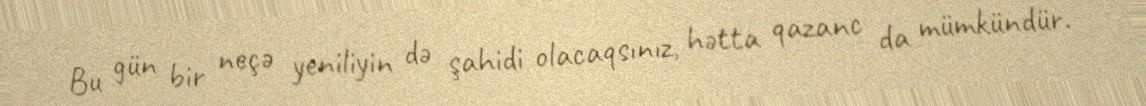
Bu gün bir neçə yeniliyin də şahidi olacaqsınız, hətta qazanc da mümkündür.